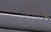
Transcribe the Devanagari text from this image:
तिबेतन